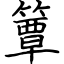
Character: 簟